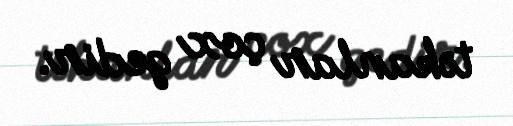
təkanlar çox gedir.